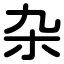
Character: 杂